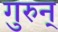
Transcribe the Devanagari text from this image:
गुरुन्